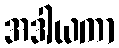
အဒါယကာ